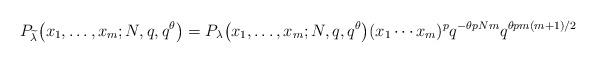
LaTeX: \begin{gather*}P_{\widetilde{\lambda}}\big(x_1, \dots, x_m; N, q, q^{\theta}\big) = P_{\lambda}\big(x_1, \dots, x_m; N, q, q^{\theta}\big) (x_1\cdots x_m)^p q^{-\theta p N m}q^{\theta pm(m+1)/2}\end{gather*}